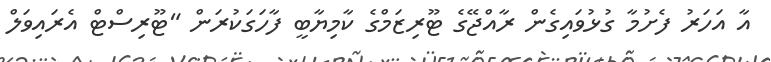
އާ އަހަރު ފެށުމާ ގުޅުވައިގެން ރާއްޖޭގެ ޓޫރިޒަމްގެ ކާމިޔާބީ ފާހަގަކުރަން "ޓޫރިސްޓް އެރައިވަލް